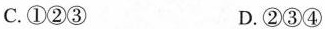
C.①②③ D.②③④